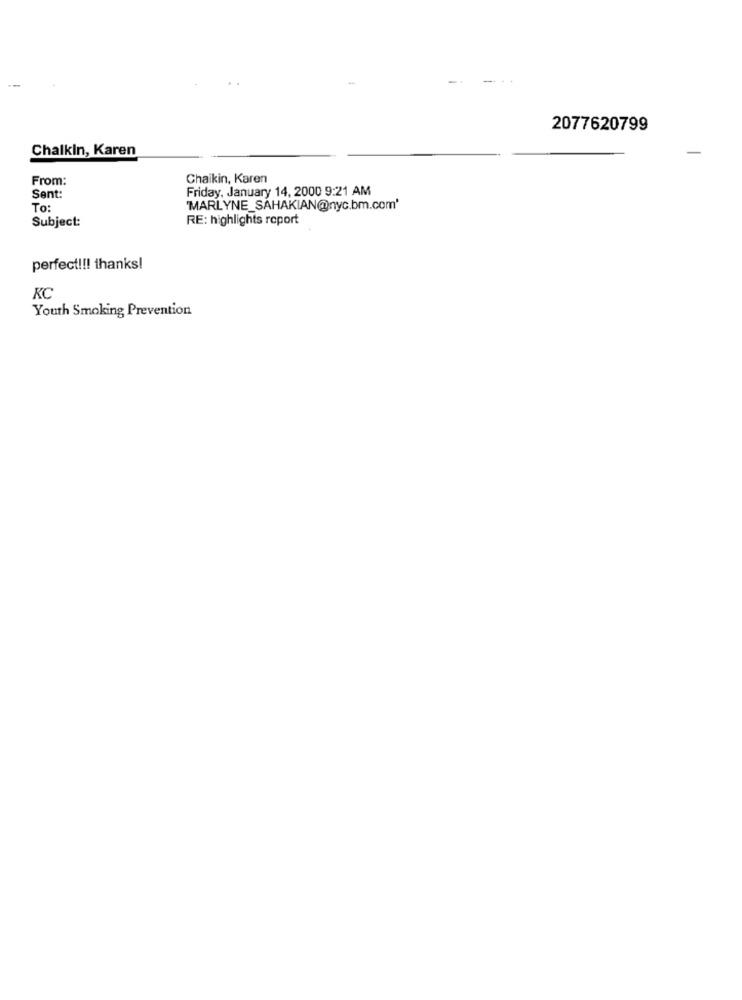
2077620799
ChalkIn, Karen
From:
Chaikin, Karen
Friday, January 14, 2000 9:21 AM
Sent:
To:
'MARLYNE_SAHAKIAN(@nyc.bm.com'
Subject:
RE: highlights report
perfect !!! thanks!
KC
Youth Smoking Prevention